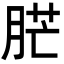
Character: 𦛿